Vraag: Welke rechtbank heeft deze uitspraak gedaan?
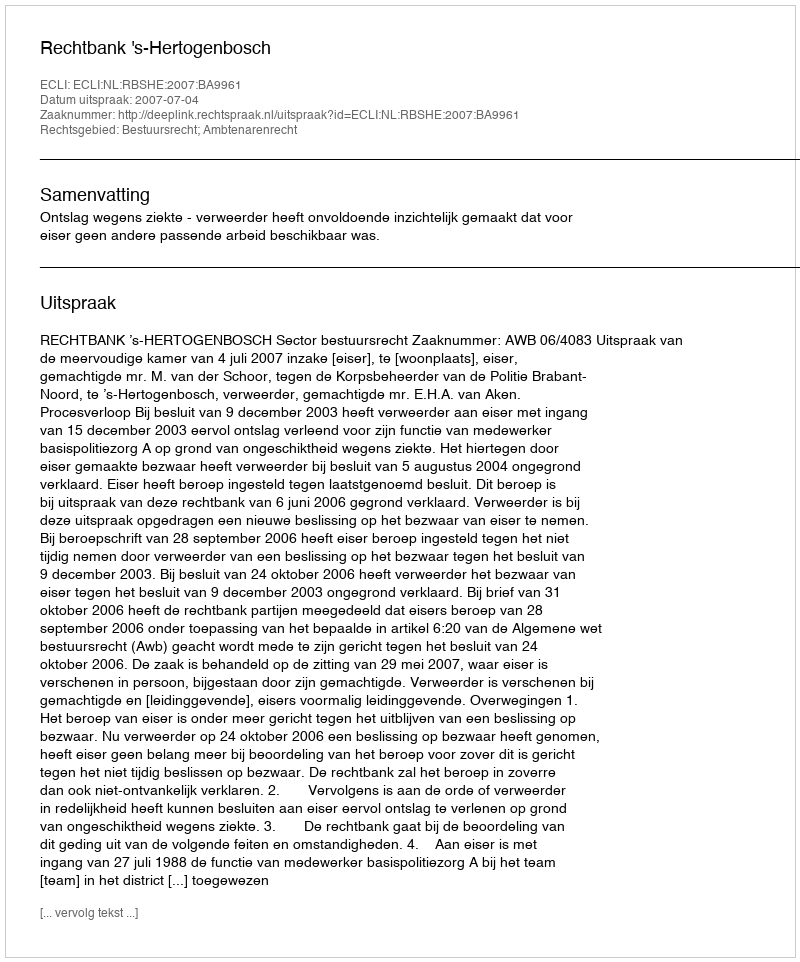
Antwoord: Rechtbank 's-Hertogenbosch